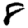
Digit: 8